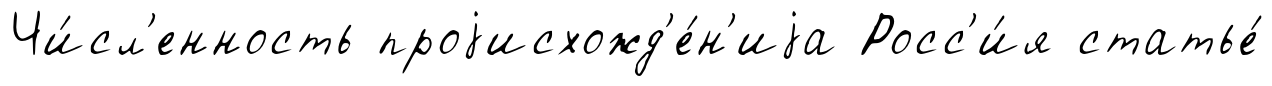
Чи́сл'енность проjисхожд'е́н'иjа Росс'и́я статье́